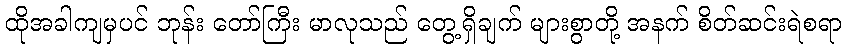
ထိုအခါကျမှပင် ဘုန်း တော်ကြီး မာလုသည် တွေ့ရှိချက် များစွာတို့ အနက် စိတ်ဆင်းရဲစရာ